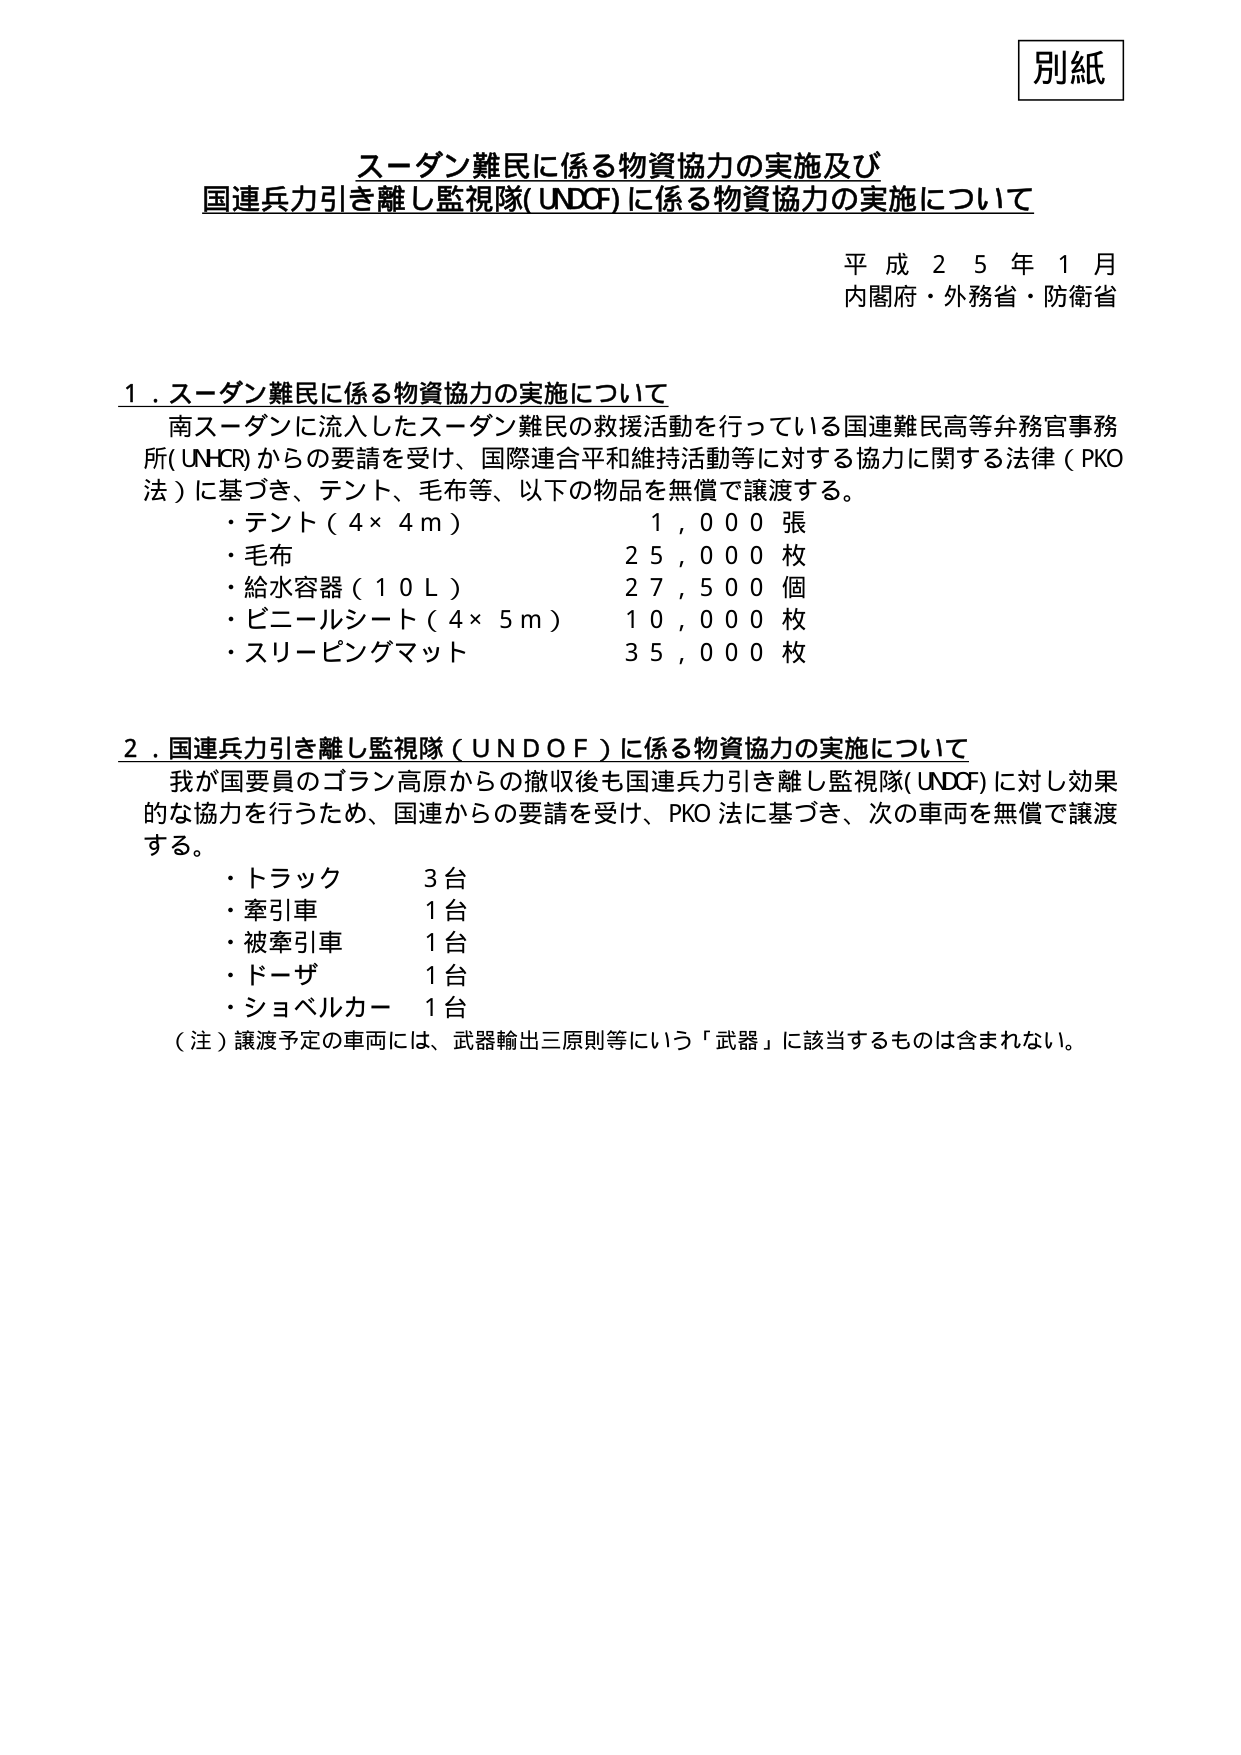
別紙

スーザン難民に係る物資協力の実施及び
国連兵力引き離し監視隊(UNDCF)に係る物資協力の実施について

平成２５年１月
内閣府・外務省・防衛省

１．スーザン難民に係る物資協力の実施について
　南スーザンに流入したスーザン難民の救援活動を行っている国連難民高等弁務官事務所(UNHCR)からの要請を受け、国際連合平和維持活動等に対する協力に関する法律（PKO法）に基づき、テント、毛布等、以下の物品を無償で譲渡する。
　・テント（４×４ｍ）　　　　　　１，０００張
　・毛布　　　　　　　　　　　　　２５，０００枚
　・給水容器（１０Ｌ）　　　　　　２７，５００個
　・ビニールシート（４×５ｍ）　　１０，０００枚
　・スリーピングマット　　　　　　３５，０００枚

２．国連兵力引き離し監視隊（UNDOF）に係る物資協力の実施について
　我が国要員のゴラン高原からの撤収後も国連兵力引き離し監視隊(UNDOF)に対し効果的な協力を行うため、国連からの要請を受け、PKO法に基づき、次の車両を無償で譲渡する。
　・トラック　　　　　３台
　・牽引車　　　　　　１台
　・被牽引車　　　　　１台
　・ドーザ　　　　　　１台
　・ショベルカー　　　１台
（注）譲渡予定の車両には、武器輸出三原則等にいう「武器」に該当するものは含まれない。